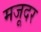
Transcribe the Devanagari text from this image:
मजूदर